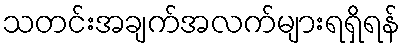
သတင်းအချက်အလက်များရရှိရန်